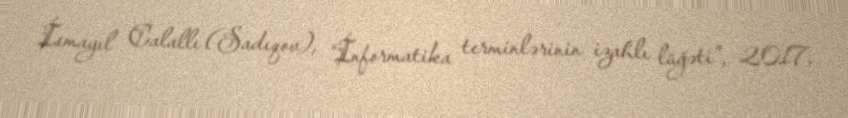
İsmayıl Calallı (Sadıqov), “İnformatika terminlərinin izahlı lüğəti”, 2017,